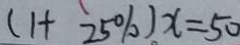
( 1 + 2 5 \% ) x = 5 0